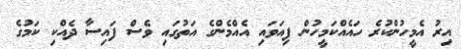
އިރު އެމީހުންކުރެ ހައެއްކަމީހުން ފިއަވައި އެއްމެންގެ އަތުގައި ވެސް ފައިސާ ދެއްކި ކަމުގެ